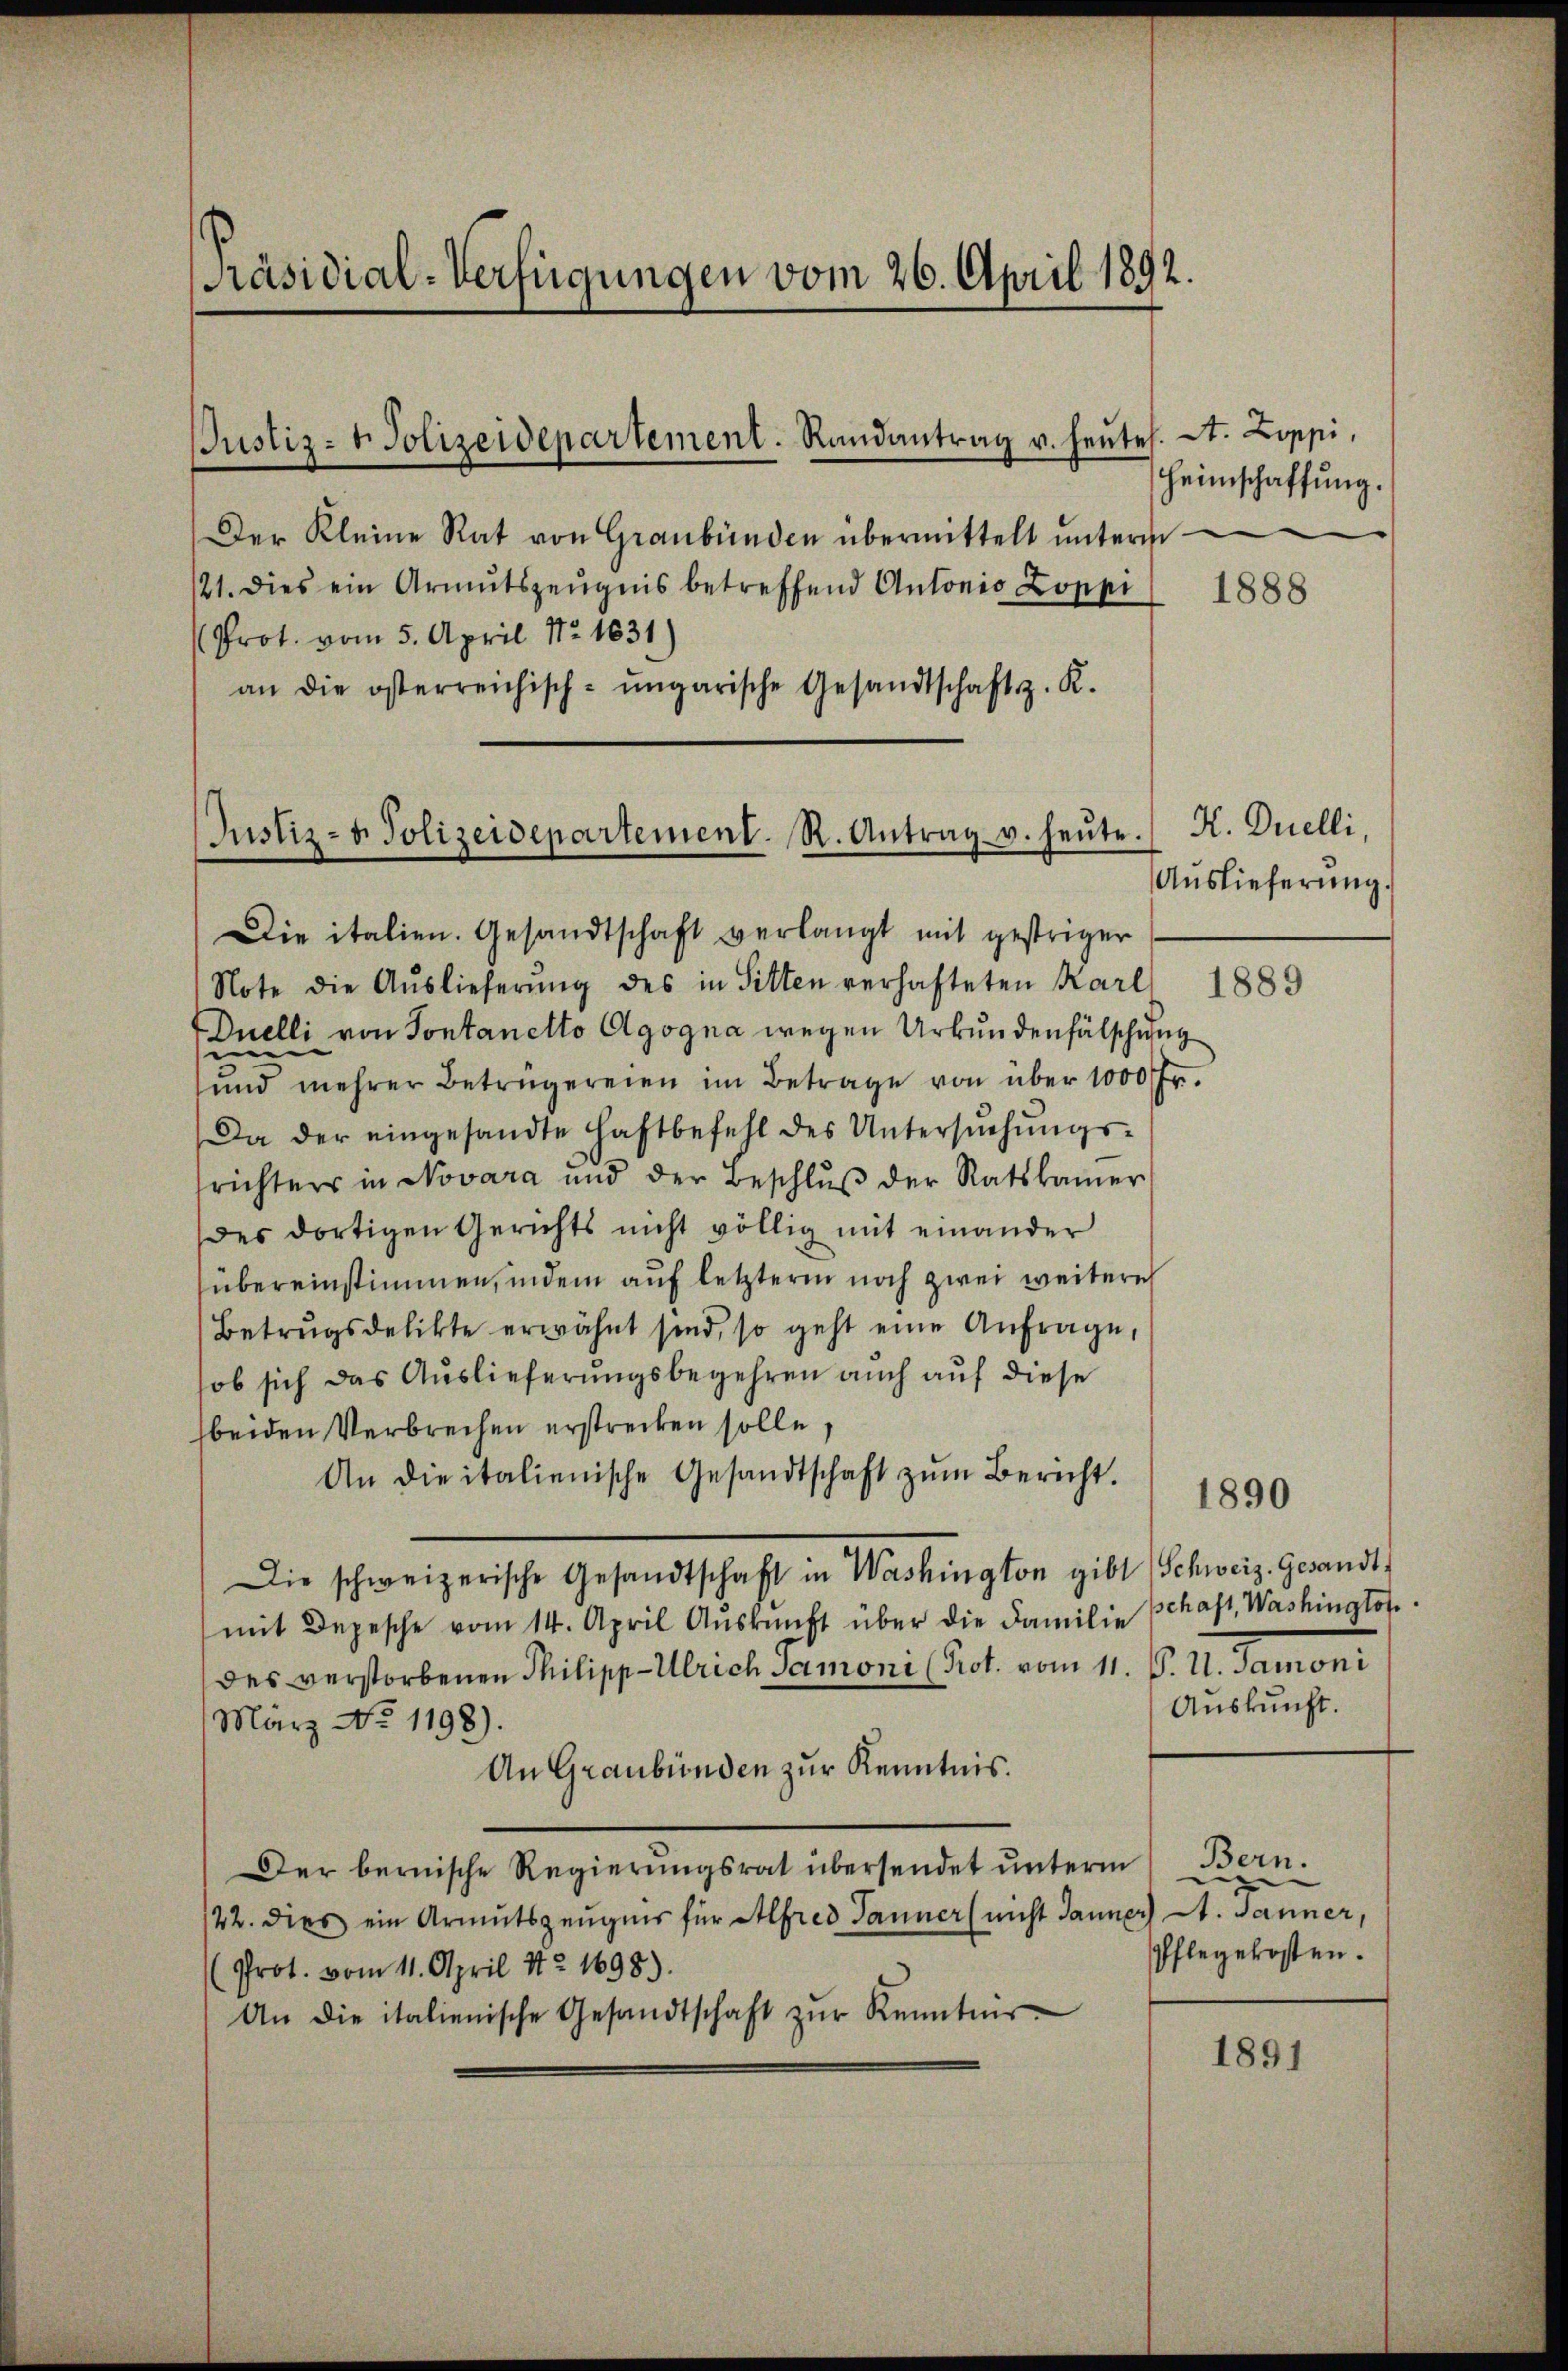
[Präsidial-Verfügungen vom 26. April 1892.

Der Kleine Rat von Graubünden übermittelt ŭnterm
21. dies ein Armutszeŭgnis betreffend Antonio Zoppi
Prot. vom 5. April Nr 1631
an die österreichisch-ungarische Gesandtschaft z. K.

Justiz- & Polizeidepartement. Randantrag v. heutes. St. Loppi,

Justiz- u. Polizeidepartement. R. Antrag u. heŭte.

Heimschaffung.

Die italien. Gesandtschaft verlangt mit gestriger
Note die Aŭslieferŭng des in Sitten verhafteten Karl 1889
Duelli von Sontanetto Agogna wegen Urkundenfälschung
und mehrer Betrügereien im Betrage von über 1000 Fr.
Da der eingesandte Haftbefehl des Untersŭchŭngs-
trichters in Novara und der Beschlŭβ der Ratskamer
des dortigen Gerichts nicht völlig mit einander
übereinstimmen, indem auf letztere noch zwei weitere
Betrŭgsdelikte erwähnt sind, so geht eine Anfrage,
ob sich das Auslieferungsbegehren auch auf diese
beiden Verbrechen erstrecken solle,
An die italienische Gesandtschaft zŭm Bericht.
Die schweizerische Gesandtschaft in Washington gibt (Schweiz. Gesandt,
mit Depesche vom 14. April Aŭskŭnft über die Familie schaft, Washingtot.
des verstorbenen Philipp-Ulrich Samoni (Prot. vom 11. P. U. Samoni
März No. 1198).
An Graubünden zur Kenntnis.
Der bernische Regierungsrat übersendet unterm
122. dies ein Armutszeugnis für Alfred Tanner (nicht Jänner 1. Jänner,
(Prot. vom 11. April 172. 1698).
An die italienische Gesandtschaft zŭr Kenntnis

1888

K. Quelli,
Auslieferung.

Auskunft.

1890

Bern.
e
Pflegekosten.

1891